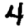
Digit: 4